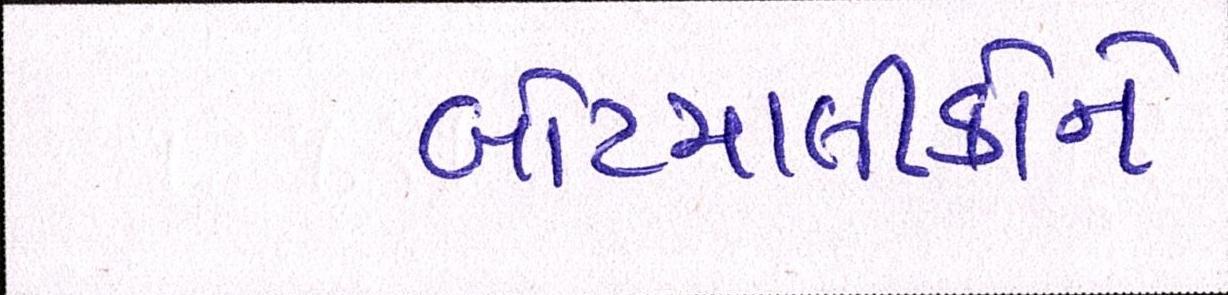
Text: બોટમાલીકોને